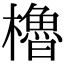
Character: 櫓